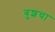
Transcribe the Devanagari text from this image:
बुशचा